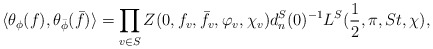
\begin{align*}\langle\theta_\phi(f),\theta_{\bar{\phi}}(\bar{f})\rangle=\prod_{v\in S}Z(0, f_v,\bar{f}_v,\varphi_v,\chi_v)d_n^S(0)^{-1}L^S(\frac{1}{2},\pi, St,\chi),\end{align*}